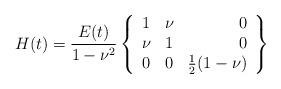
LaTeX: \begin{align*}H(t)= \frac{E(t)}{1-\nu^2}\left\{\begin{array}{lcr} 1 & \nu & 0\\ \nu& 1& 0 \\ 0 & 0& \frac{1}{2}(1-\nu)\end{array} \right\}\end{align*}